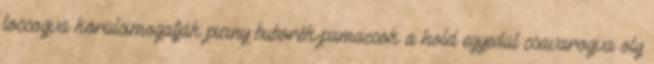
locsogva körülsimogatják piciny buborék-pamacsok a hold egyedül csavarogva oly